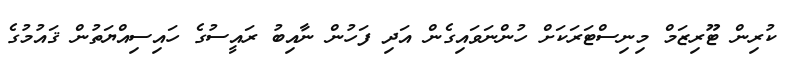
ކުރިން ޓޫރިޒަމް މިނިސްޓަރަކަށް ހުންނަވައިގެން އަދި ފަހުން ނާއިބު ރައީސުގެ ހައިސިއްޔަތުން ޤައުމުގެ